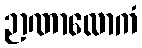
ဉာဏာလောကံ